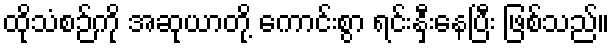
ထိုသံစဉ်ကို အဆုယာတို့ ကောင်းစွာ ရင်းနှီးနေပြီး ဖြစ်သည်။